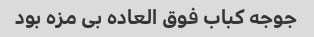
جوجه کباب فوق العاده بی مزه بود